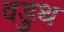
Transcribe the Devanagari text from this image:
वडुथ